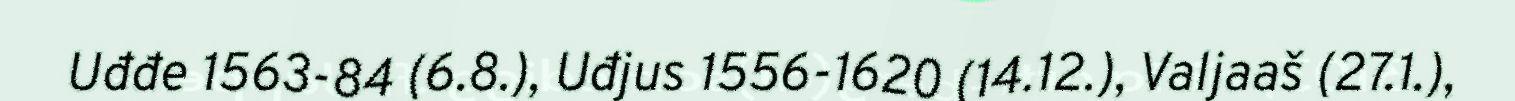
Uđđe 1563-84 (6.8.), Uđjus 1556-1620 (14.12.), Valjaaš (27.1.),